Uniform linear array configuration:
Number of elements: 4
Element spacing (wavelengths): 1
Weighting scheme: hamming
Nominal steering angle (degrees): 45
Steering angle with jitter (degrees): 44.859
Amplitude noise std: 0.05
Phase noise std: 0.05

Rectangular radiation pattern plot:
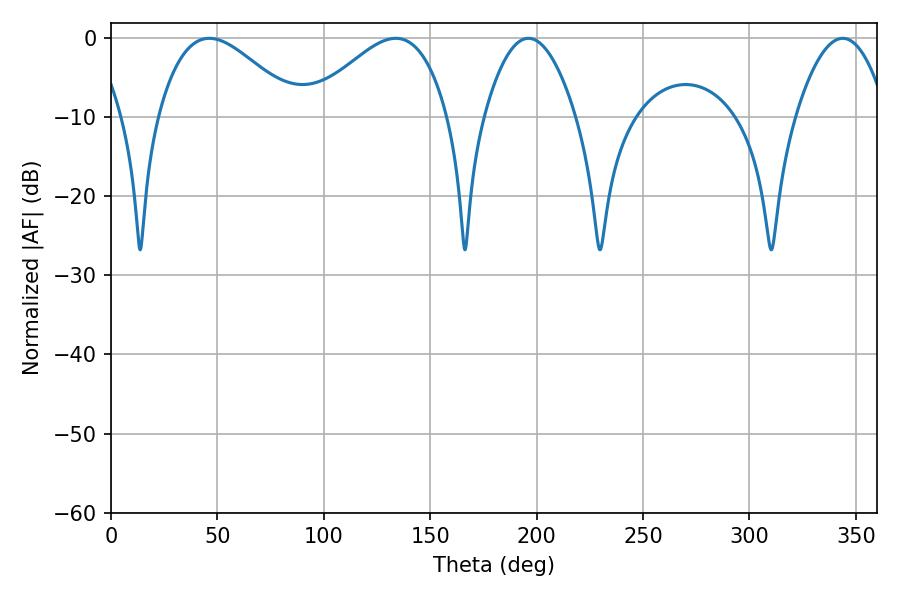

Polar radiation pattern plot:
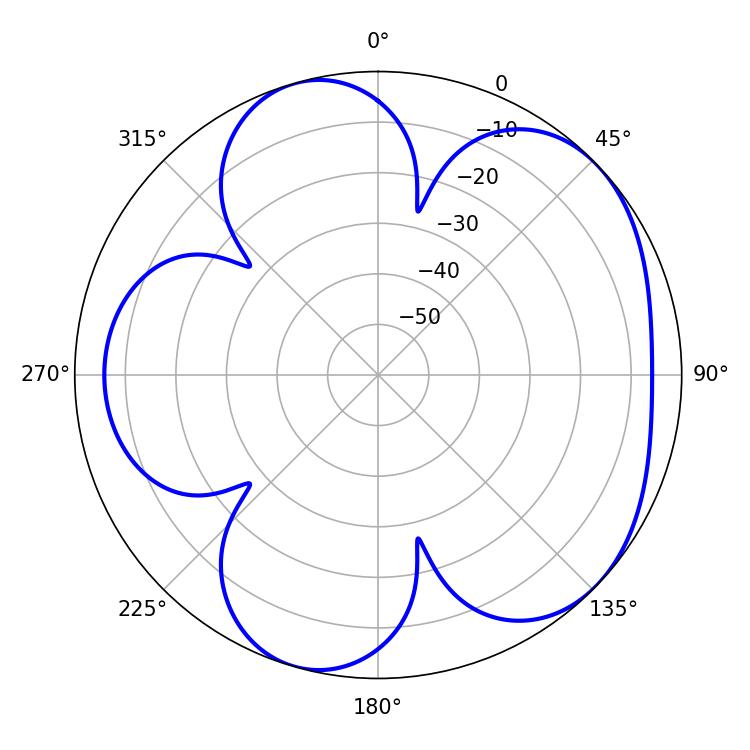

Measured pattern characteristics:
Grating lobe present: TRUE
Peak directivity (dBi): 5.124
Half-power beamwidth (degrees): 23.76
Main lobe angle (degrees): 343.8